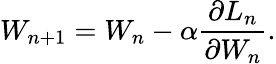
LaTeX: W_{n+1}=W_{n}-\alpha\frac{\partial L_{n}}{\partial W_{n}}.